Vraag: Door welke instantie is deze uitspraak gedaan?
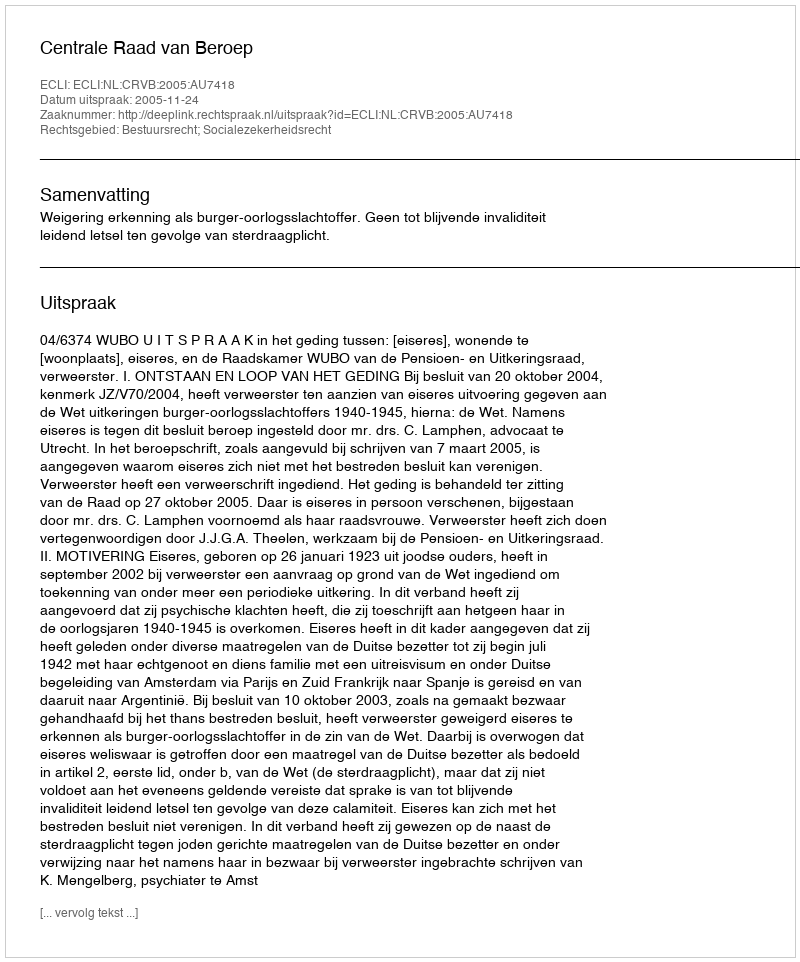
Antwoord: Centrale Raad van Beroep